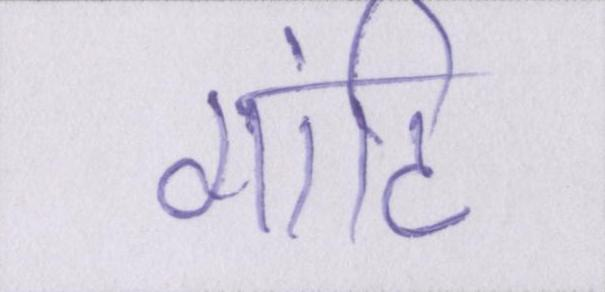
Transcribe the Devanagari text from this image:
गांठि